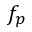
f _ { p }